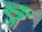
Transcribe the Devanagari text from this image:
ङ्ग